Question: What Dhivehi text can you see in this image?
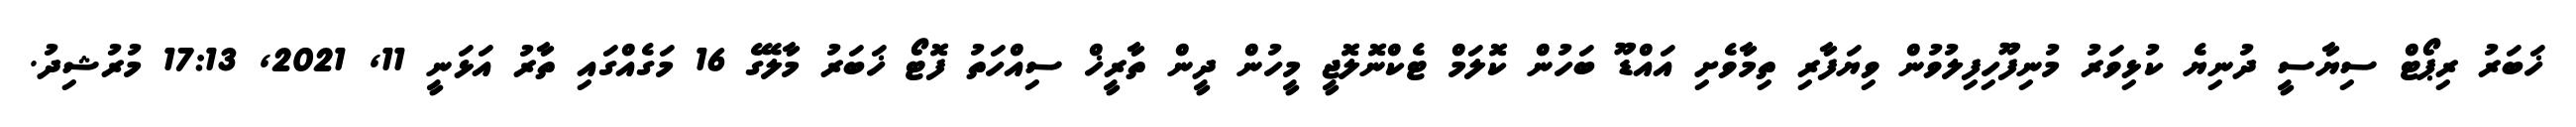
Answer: ޚަބަރު ރިޕޯޓް ސިޔާސީ ދުނިޔެ ކުޅިވަރު މުނިފޫހިފިލުވުން ވިޔަފާރި ތިމާވެށި އައްޑޫ ބަހުން ކޮލަމް ޓެކްނޮލޮޖީ މީހުން ދީން ތާރީޚް ސިއްހަތު ފޮޓޯ ޚަބަރު މާލޭގެ 16 މަގެއްގައި ތާރު އަޅަނީ 11, 2021, 17:13 މުރުޝިދު.